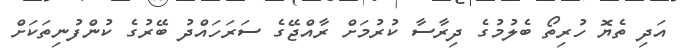
އަދި ތެޔޮ ހުރިތޯ ބެލުމުގެ ދިރާސާ ކުރުމަށް ރާއްޖޭގެ ސަރަހައްދު ބޭރުގެ ކުންފުނިތަކަށް